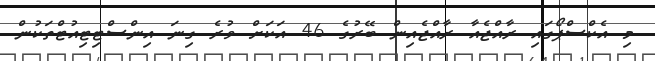
މި އެކްސްޕޯގައި ރާއްޖެއާ ރާއްޖެއިން ބޭރުގެ 46 އަކަށް ވުރެ ގިނަ އިންސްޓިޓިއުޓްތަކުން